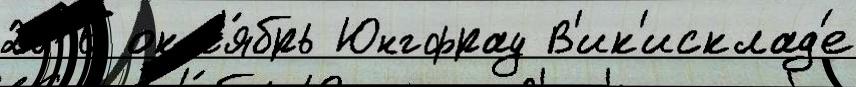
2016 окт'я́брь Юнгфрау В'ик'исклад'е